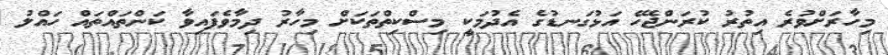
މިހާރަށްވުރެ އިތުރު ކުރަންޖެހޭ އަޅުގަނޑުގެ އެދުމަކީ މިސްކިތްތަކަށް މިހާރު ދިމާވެފައިވާ ކަންތައްތައް ހައްލު